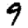
Digit: 9